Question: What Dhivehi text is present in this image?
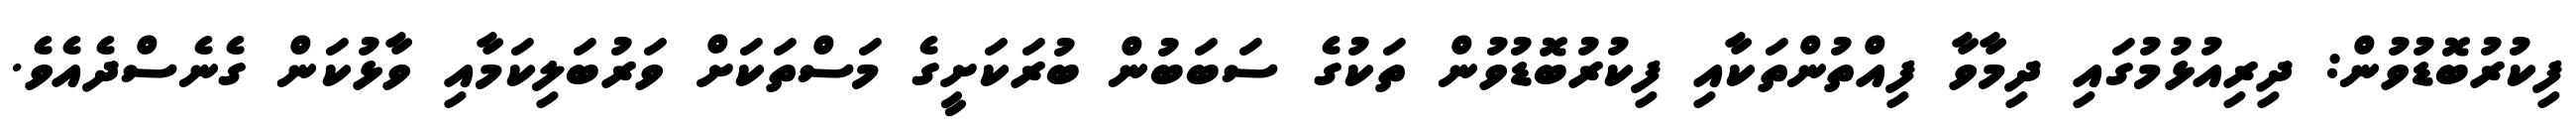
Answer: ފިކުރުބޮޑުވުން: ދިރިއުޅުމުގައި ދިމާވާ ފިއްތުންތަކާއި ފިކުރުބޮޑުވުން ތަކުގެ ސަބަބުން ބުރަކަށީގެ މަސްތަކަށް ވަރުބަލިކަމާއި ވާޅުކަން ގެނެސްދެއެވެ.